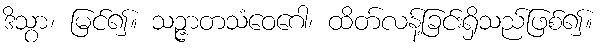
ဒိသွာ၊ မြင်၍။ သဉ္ဇာတသံဝေဂေါ၊ ထိတ်လန့်ခြင်းရှိသည်ဖြစ်၍။